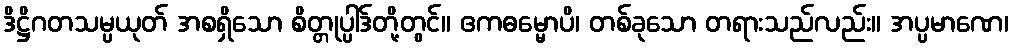
ဒိဋ္ဌိဂတသမ္ပယုတ် အစရှိသော စိတ္တုပ္ပါဒ်တို့တွင်။ ဧကဓမ္မောပိ၊ တစ်ခုသော တရားသည်လည်း။ အပ္ပမာဏေ၊